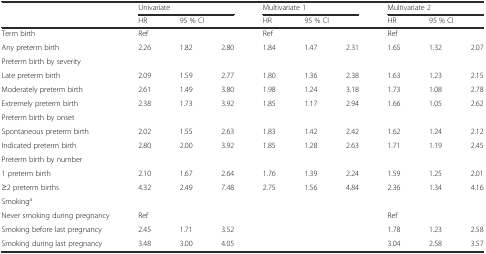
<table><thead><tr><td></td><td colspan="3"><b>Univariate</b></td><td colspan="3"><b>Multivariate 1</b></td><td colspan="3"><b>Multivariate 2</b></td></tr><tr><td></td><td><b>HR</b></td><td colspan="2"><b>95 % CI</b></td><td><b>HR</b></td><td colspan="2"><b>95 % CI</b></td><td><b>HR</b></td><td colspan="2"><b>95 % CI</b></td></tr></thead><tbody><tr><td>Term birth</td><td>Ref</td><td></td><td></td><td>Ref</td><td></td><td></td><td>Ref</td><td></td><td></td></tr><tr><td>Any preterm birth</td><td>2.26</td><td>1.82</td><td>2.80</td><td>1.84</td><td>1.47</td><td>2.31</td><td>1.65</td><td>1.32</td><td>2.07</td></tr><tr><td>Preterm birth by severity</td><td></td><td></td><td></td><td></td><td></td><td></td><td></td><td></td><td></td></tr><tr><td>Late preterm birth</td><td>2.09</td><td>1.59</td><td>2.77</td><td>1.80</td><td>1.36</td><td>2.38</td><td>1.63</td><td>1.23</td><td>2.15</td></tr><tr><td>Moderately preterm birth</td><td>2.61</td><td>1.49</td><td>3.80</td><td>1.98</td><td>1.24</td><td>3.18</td><td>1.73</td><td>1.08</td><td>2.78</td></tr><tr><td>Extremely preterm birth</td><td>2.38</td><td>1.73</td><td>3.92</td><td>1.85</td><td>1.17</td><td>2.94</td><td>1.66</td><td>1.05</td><td>2.62</td></tr><tr><td>Preterm birth by onset</td><td></td><td></td><td></td><td></td><td></td><td></td><td></td><td></td><td></td></tr><tr><td>Spontaneous preterm birth</td><td>2.02</td><td>1.55</td><td>2.63</td><td>1.83</td><td>1.42</td><td>2.42</td><td>1.62</td><td>1.24</td><td>2.12</td></tr><tr><td>Indicated preterm birth</td><td>2.80</td><td>2.00</td><td>3.92</td><td>1.85</td><td>1.28</td><td>2.63</td><td>1.71</td><td>1.19</td><td>2.45</td></tr><tr><td>Preterm birth by number</td><td></td><td></td><td></td><td></td><td></td><td></td><td></td><td></td><td></td></tr><tr><td>1 preterm birth</td><td>2.10</td><td>1.67</td><td>2.64</td><td>1.76</td><td>1.39</td><td>2.24</td><td>1.59</td><td>1.25</td><td>2.01</td></tr><tr><td>≥2 preterm births</td><td>4.32</td><td>2.49</td><td>7.48</td><td>2.75</td><td>1.56</td><td>4.84</td><td>2.36</td><td>1.34</td><td>4.16</td></tr><tr><td>Smoking<sup>a</sup></td><td></td><td></td><td></td><td></td><td></td><td></td><td></td><td></td><td></td></tr><tr><td>Never smoking during pregnancy</td><td>Ref</td><td></td><td></td><td></td><td></td><td></td><td>Ref</td><td></td><td></td></tr><tr><td>Smoking before last pregnancy</td><td>2.45</td><td>1.71</td><td>3.52</td><td></td><td></td><td></td><td>1.78</td><td>1.23</td><td>2.58</td></tr><tr><td>Smoking during last pregnancy</td><td>3.48</td><td>3.00</td><td>4.05</td><td></td><td></td><td></td><td>3.04</td><td>2.58</td><td>3.57</td></tr></tbody></table>